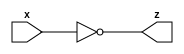
module not_gate_n (x, z);
  parameter n = 0;
  input [n-1:0] x;
  output [n-1:0] z;
  
  assign z = ~x ;
  
  
endmodule